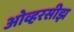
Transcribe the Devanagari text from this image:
ओव्हरसीझ